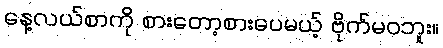
နေ့လယ်စာကို စားတော့စားပေမယ့် ဗိုက်မဝဘူး။